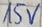
Text: 15V